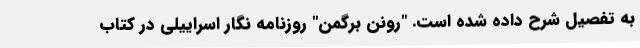
به تفصیل شرح داده شده است. "رونن برگمن" روزنامه نگار اسراییلی در کتاب